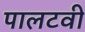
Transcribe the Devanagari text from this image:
पालटवी